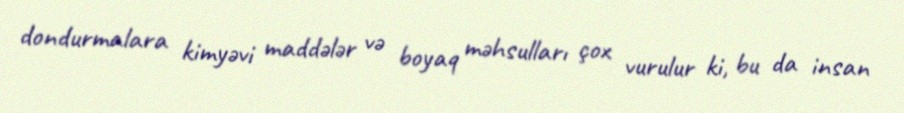
dondurmalara kimyəvi maddələr və boyaq məhsulları çox vurulur ki, bu da insan